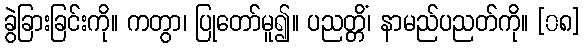
ခွဲခြားခြင်းကို။ ကတွာ၊ ပြုတော်မူ၍။ ပညတ္တိံ၊ နာမည်ပညတ်ကို။ [၀၈]